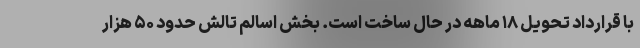
با قرارداد تحویل ۱۸ ماهه در حال ساخت است. بخش اسالم تالش حدود ۵۰ هزار